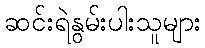
ဆင်းရဲနွမ်းပါးသူများ